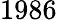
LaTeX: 1986